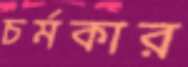
চর্মকার